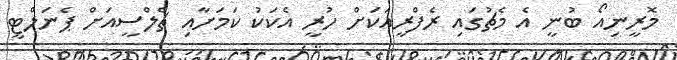
މޮރީނިއޯ ބުނީ އެ މެޗުގައި ރެފްރީއަކަށް ހުރީ އެކަކު ކަމަށާއި ޗެލްސީއަށް ޕެނަލްޓީ